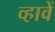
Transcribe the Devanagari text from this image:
व्हावें